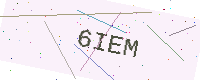
Text: 6IEM